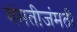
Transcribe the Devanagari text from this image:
गंमतीजंमती